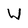
Character: W